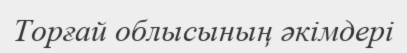
Торғай облысының әкімдері